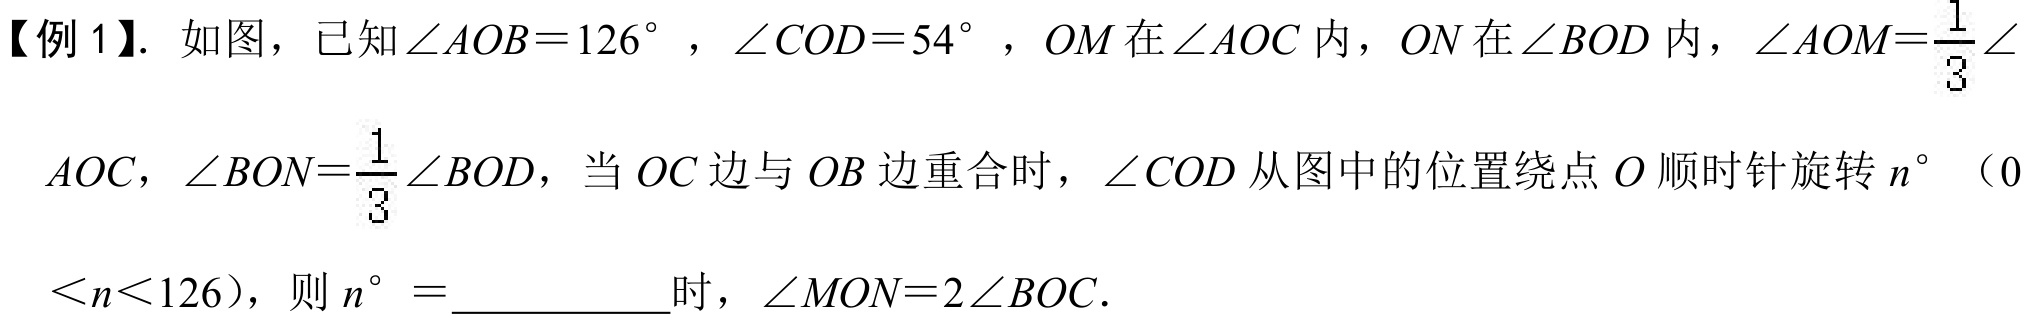
【例 1】. 如图，已知\(\angle AOB = 126^{\circ}\)，\(\angle COD = 54^{\circ}\)，\(OM\)在\(\angle AOC\)内，\(ON\)在\(\angle BOD\)内，\(\angle AOM=\frac{1}{3}\angle\)
\(AOC\)，\(\angle BON=\frac{1}{3}\angle BOD\)，当 \(OC\) 边与 \(OB\) 边重合时，\(\angle COD\) 从图中的位置绕点 \(O\) 顺时针旋转 \(n^{\circ}\)（\(0\)
\(<n<126\)），则 \(n^{\circ} =\)___________时，\(\angle MON = 2\angle BOC\)．